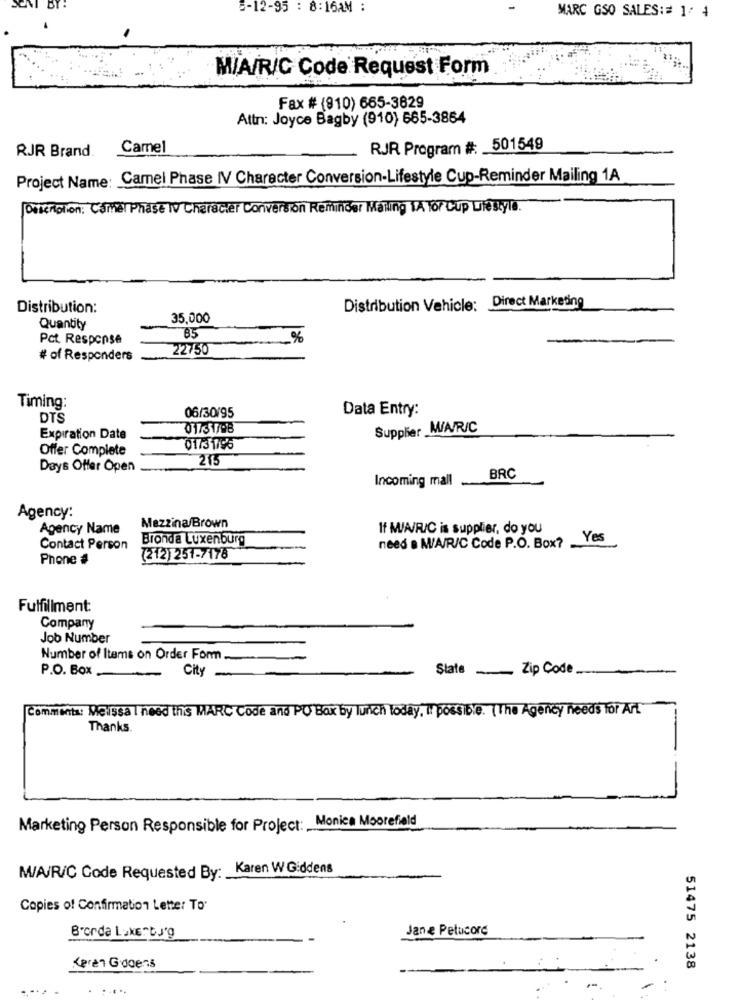
BY
5-12-95 : 8:16AM :
MARC GSO SALES := 1/ 4
M/A/R/C Code Request Form
Fax # (810) 665-3629
Attn: Joyce Bagby (910) 665-3864
RJR Brand.
Came
RJR Program #: 501549
Project Name: Camel Phase IV Character Conversion-Lifestyle Cup-Reminder Mailing 1A
Description: Camel Phase v Chce Co
Distribution:
Distribution Vehicle: Direct Marketing
35,000
Quantity
Pct. Response
85
%
22750
# of Responders
Timing:
06/30/95
Data Entry:
DTS
01731/08
Supplier M/A/R/C
Expiration Date
Offer Complete
01/31795
215
Days Offer Open
Incoming mall
BRC
Agency:
Agency Name
Mezzina/Brown
If M/A/R/C is supplier, do you
Bronda Luxenburg
Yes
Contact Person
need & M/A/R/C Code P.O. Box? .
Phone #
(212) 251-7178
Fulfillment:
Company
Job Number
Number of Items on Order Form
Slate -... Zip Code
P.O. Box
City-
Comments: Melissa I need ths MARC Code and PO Box by lunch today, It possible. (The Agency needs for Aff
Thanks.
Marketing Person Responsible for Project: Monica Moorefield
M/A/R/C Code Requested By: Karen W Giddens
Copies of Confirmation Letter To
Jane Petucore
Brorda LakETC.J'g
Keren Gidoens
51475 2138
......